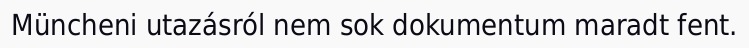
Müncheni utazásról nem sok dokumentum maradt fent.